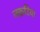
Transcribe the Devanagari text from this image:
जक़रिया